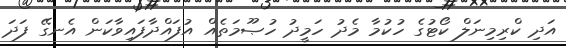
އަދި ކްރިމިނަލް ކޯޓުގެ ހުކުމާ މެދު ހަމީދު ހުޞޫމަތެއް އުފައްދާފައިވާކަން އެނގޭ ފަދަ